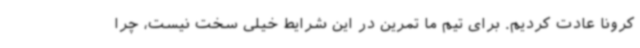
کرونا عادت کردیم. برای تیم ما تمرین در این شرایط خیلی سخت نیست، چرا